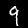
Label: 9